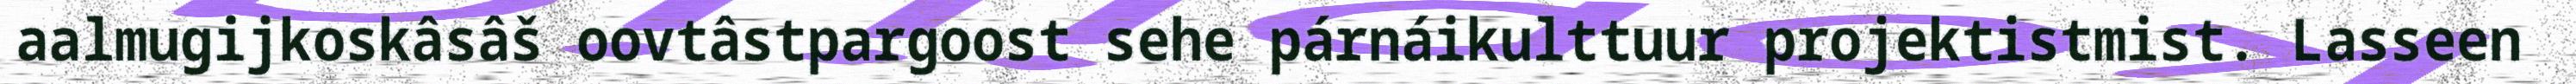
aalmugijkoskâsâš oovtâstpargoost sehe párnáikulttuur projektistmist. Lasseen